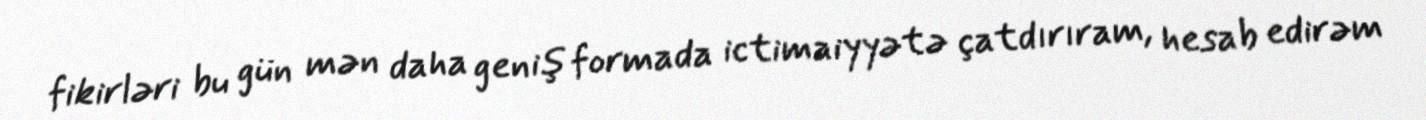
fikirləri bu gün mən daha geniş formada ictimaiyyətə çatdırıram, hesab edirəm